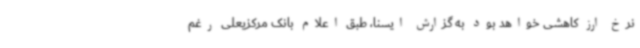
نرخ ارز کاهشی خواهد بود به گزارش ایسنا، طبق اعلام بانک مرکزیعلی رغم